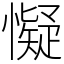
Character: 懝